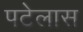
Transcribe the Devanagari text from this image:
पटेलास